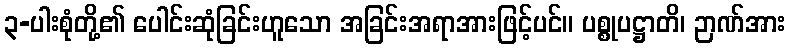
၃-ပါးစုံတို့၏ ပေါင်းဆုံခြင်းဟူသော အခြင်းအရာအားဖြင့်ပင်။ ပစ္စုပဋ္ဌာတိ၊ ဉာဏ်အား